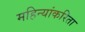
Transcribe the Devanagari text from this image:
महिन्यांकरिता